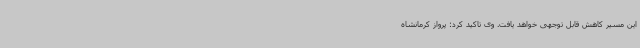
این مسیر کاهش قابل توجهی خواهد یافت. وی تاکید کرد: پرواز کرمانشاه